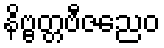
နိဗ္ဗတ္တဗီဇညေဝ